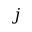
j